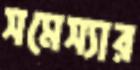
সমেস্যার